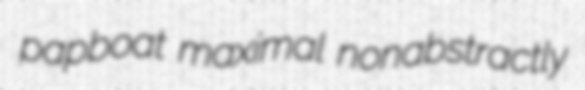
papboat maximal nonabstractly